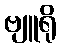
ဗျူရို